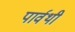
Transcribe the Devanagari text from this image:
पार्वथी